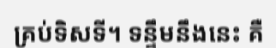
គ្រប់ទិសទី។ ទន្ទឹមនឹងនេះ គឺ